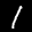
Label: 1